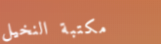
مكتبة النخيل